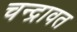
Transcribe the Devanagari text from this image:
चन्द्रावत